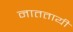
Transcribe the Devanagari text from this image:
नाततायी